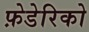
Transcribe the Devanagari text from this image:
फ़ेडेरिको